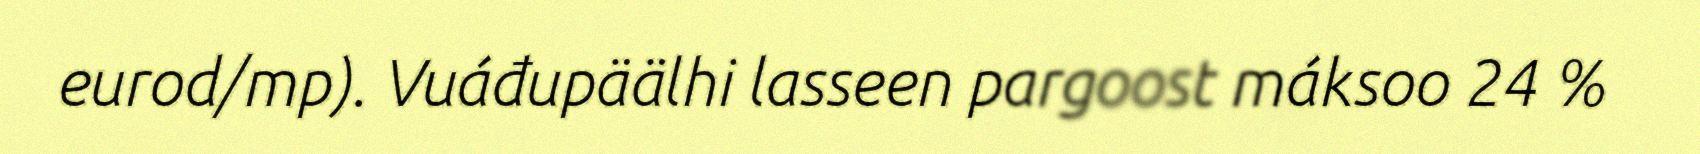
eurod/mp). Vuáđupäälhi lasseen pargoost máksoo 24 %